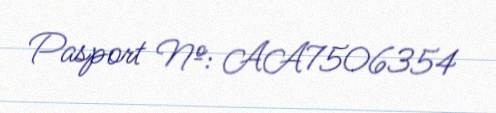
Pasport №: AA7506354